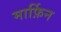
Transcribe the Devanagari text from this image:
मार्फ़िन